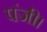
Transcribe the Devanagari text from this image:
पंजी।